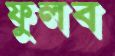
ফুলব